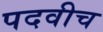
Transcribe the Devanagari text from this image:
पदवीच